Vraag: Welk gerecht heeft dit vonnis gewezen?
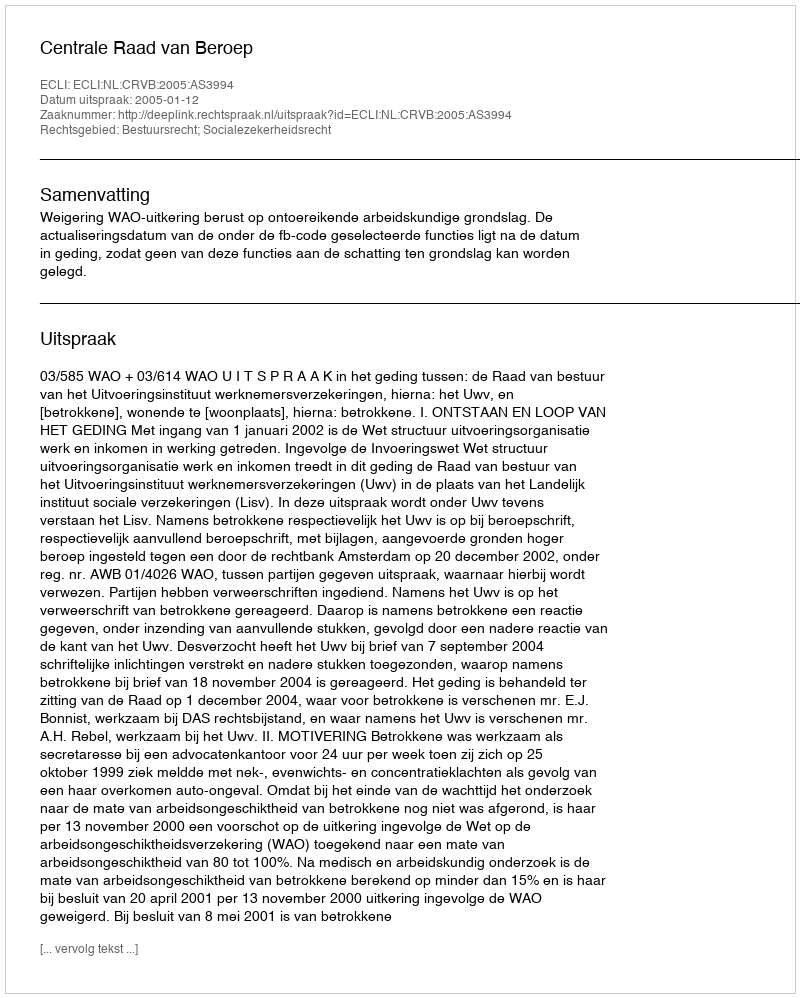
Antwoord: Centrale Raad van Beroep